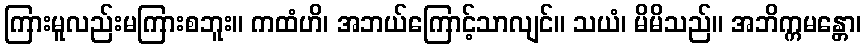
ကြားမူလည်းမကြားစဘူး။ ကထံဟိ၊ အဘယ်ကြောင့်သာလျင်။ သယံ၊ မိမိသည်။ အဘိက္ကမန္တော၊